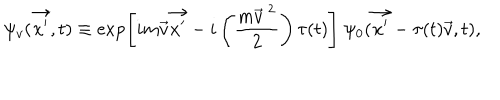
\psi _ { v } ( \vec { x ^ { \prime } } , t ) \equiv \exp \left[ i m \vec { v } \vec { x ^ { \prime } } - i \left( \frac { m { \vec { v } } ^ { \ 2 } } { 2 } \right) \tau ( t ) \right] \ \psi _ { 0 } ( \vec { x ^ { \prime } } - \tau ( t ) \vec { v } , t ) ,